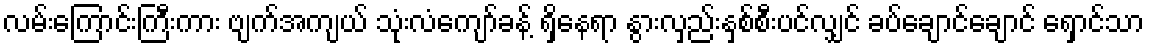
လမ်းကြောင်းကြီးကား ဗျက်အကျယ် သုံးလံကျော်ခန့် ရှိနေရာ နွားလှည်းနှစ်စီးပင်လျှင် ခပ်ချောင်ချောင် ရှောင်သာ